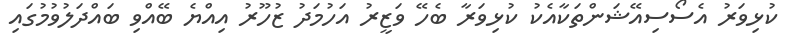
ކުޅިވަރު އެސޯސިއޭޝަންތަކާއެކު ކުޅިވަރާ ބެހޭ ވަޒީރު އަހުމަދު ޒުހޫރު އިއްޔެ ބޭއްވި ބައްދަލުވުމުގައި